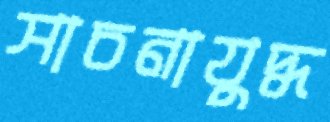
সাচনাযুদ্ধ